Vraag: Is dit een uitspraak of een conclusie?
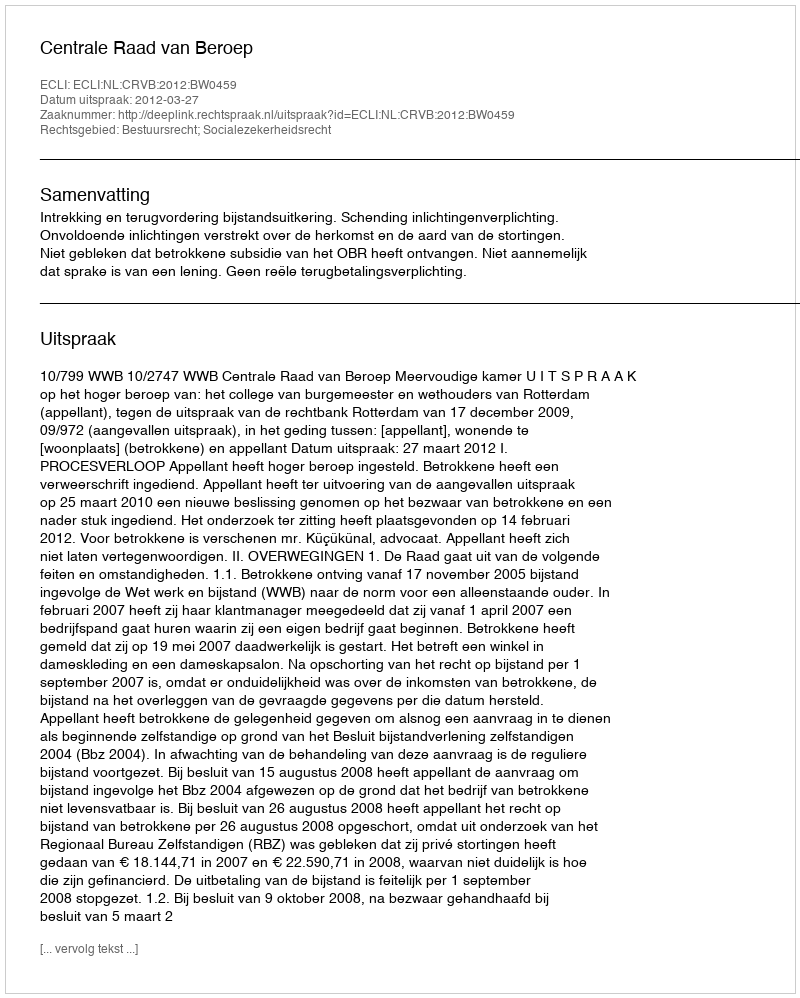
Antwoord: Uitspraak